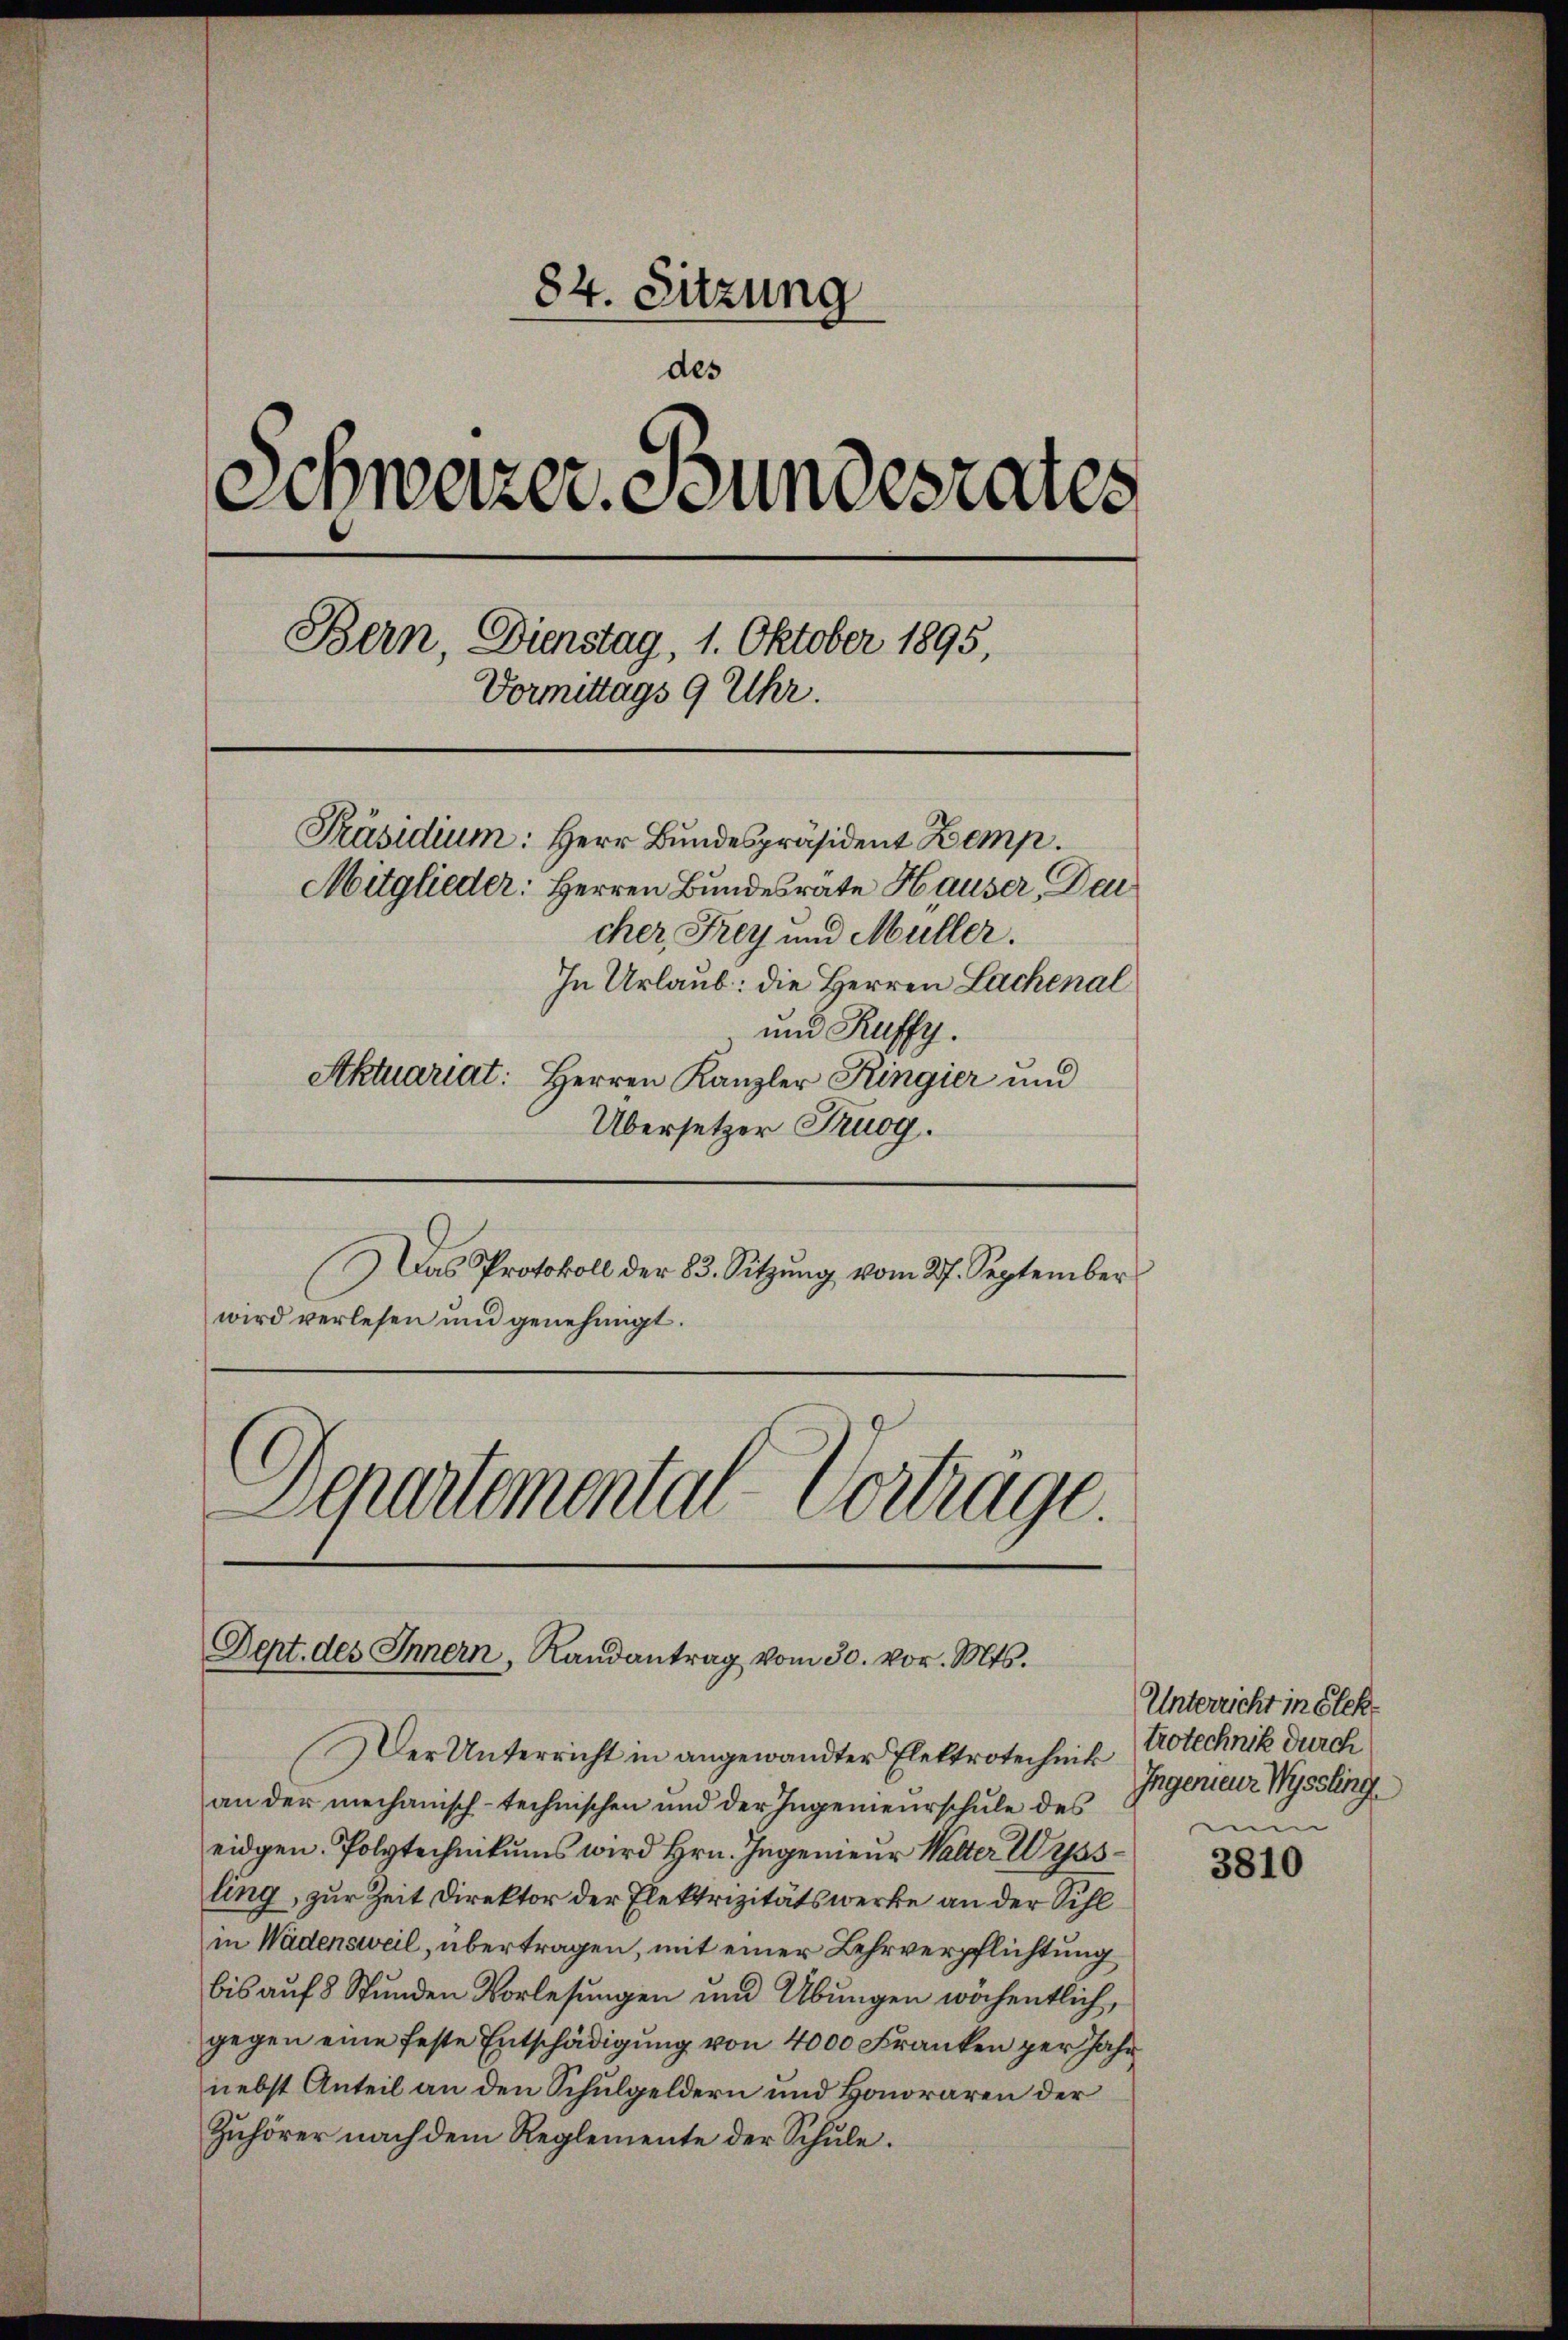
84. Sitzung
des
.
A Setzer. Bundesrates
Bern, Dienstag, 1. Oktober 1895,
Vormittags 9 Uhr.
Präsidium: Herr Bundespräsident Kemp
Mitglieder: Herren Bundesrate Hauser, Dei
cher, Frey und Müller.
In Urlaub: die Herren Lachenal
und Ruffy.
Aktuariat: Herren Kanzler Ringier und
Übersetzer Kruog.

DDas Protokoll der 83. Sitzŭng vom 27. September
wird verlesen und genehmigt.
Departemental-Vortrage.

Dept. des Innern, Randantrag vom 30. vor. Mts.

Der Unterricht in angewandter Elektrotechnik
an der mechanisch-technischen und der Ingenieurschule des
eidgen. Polytechnikums wird Hrn. Ingenieur Walter Wyss
ling, zur Zeit Direktor der Elektrizitätswerke an der Sihlin Wädensweil, übertragen, mit einer Lehrverpflichtung
bis auf 8 Stunden Vorlesungen und Übungen wöchentlich,
gegen eine feste Entschädigung von 4000 Franken per Jahr
nebst Anteil an den Schulgeldern und Honoraren der
Zuhörer nach dem Reglemente der Schule.

Unterricht in Slektrotechnik durch
Ingenieur Wyssling
u

3810